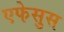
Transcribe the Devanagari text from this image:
एफेसुस